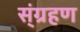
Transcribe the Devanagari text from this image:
स्ंग्रहण